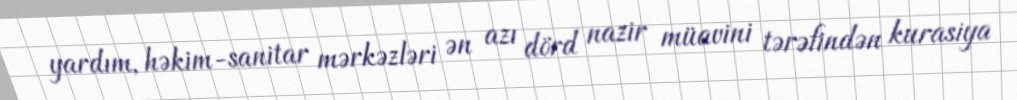
yardım, həkim-sanitar mərkəzləri ən azı dörd nazir müavini tərəfindən kurasiya